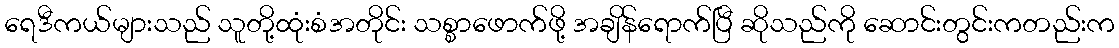
ရေဒီကယ်များသည် သူတို့ထုံးစံအတိုင်း သစ္စာဖောက်ဖို့ အချိန်ရောက်ပြီ ဆိုသည်ကို ဆောင်းတွင်းကတည်းက